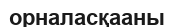
орналасқааны